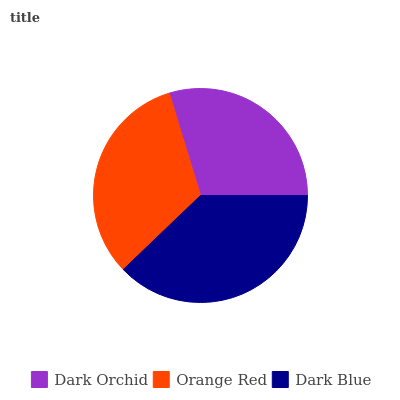
| Dark Orchid | Orange Red | Dark Blue |
 | --- | --- | --- |
 | 29.7% | 32.4% | 37.8% |